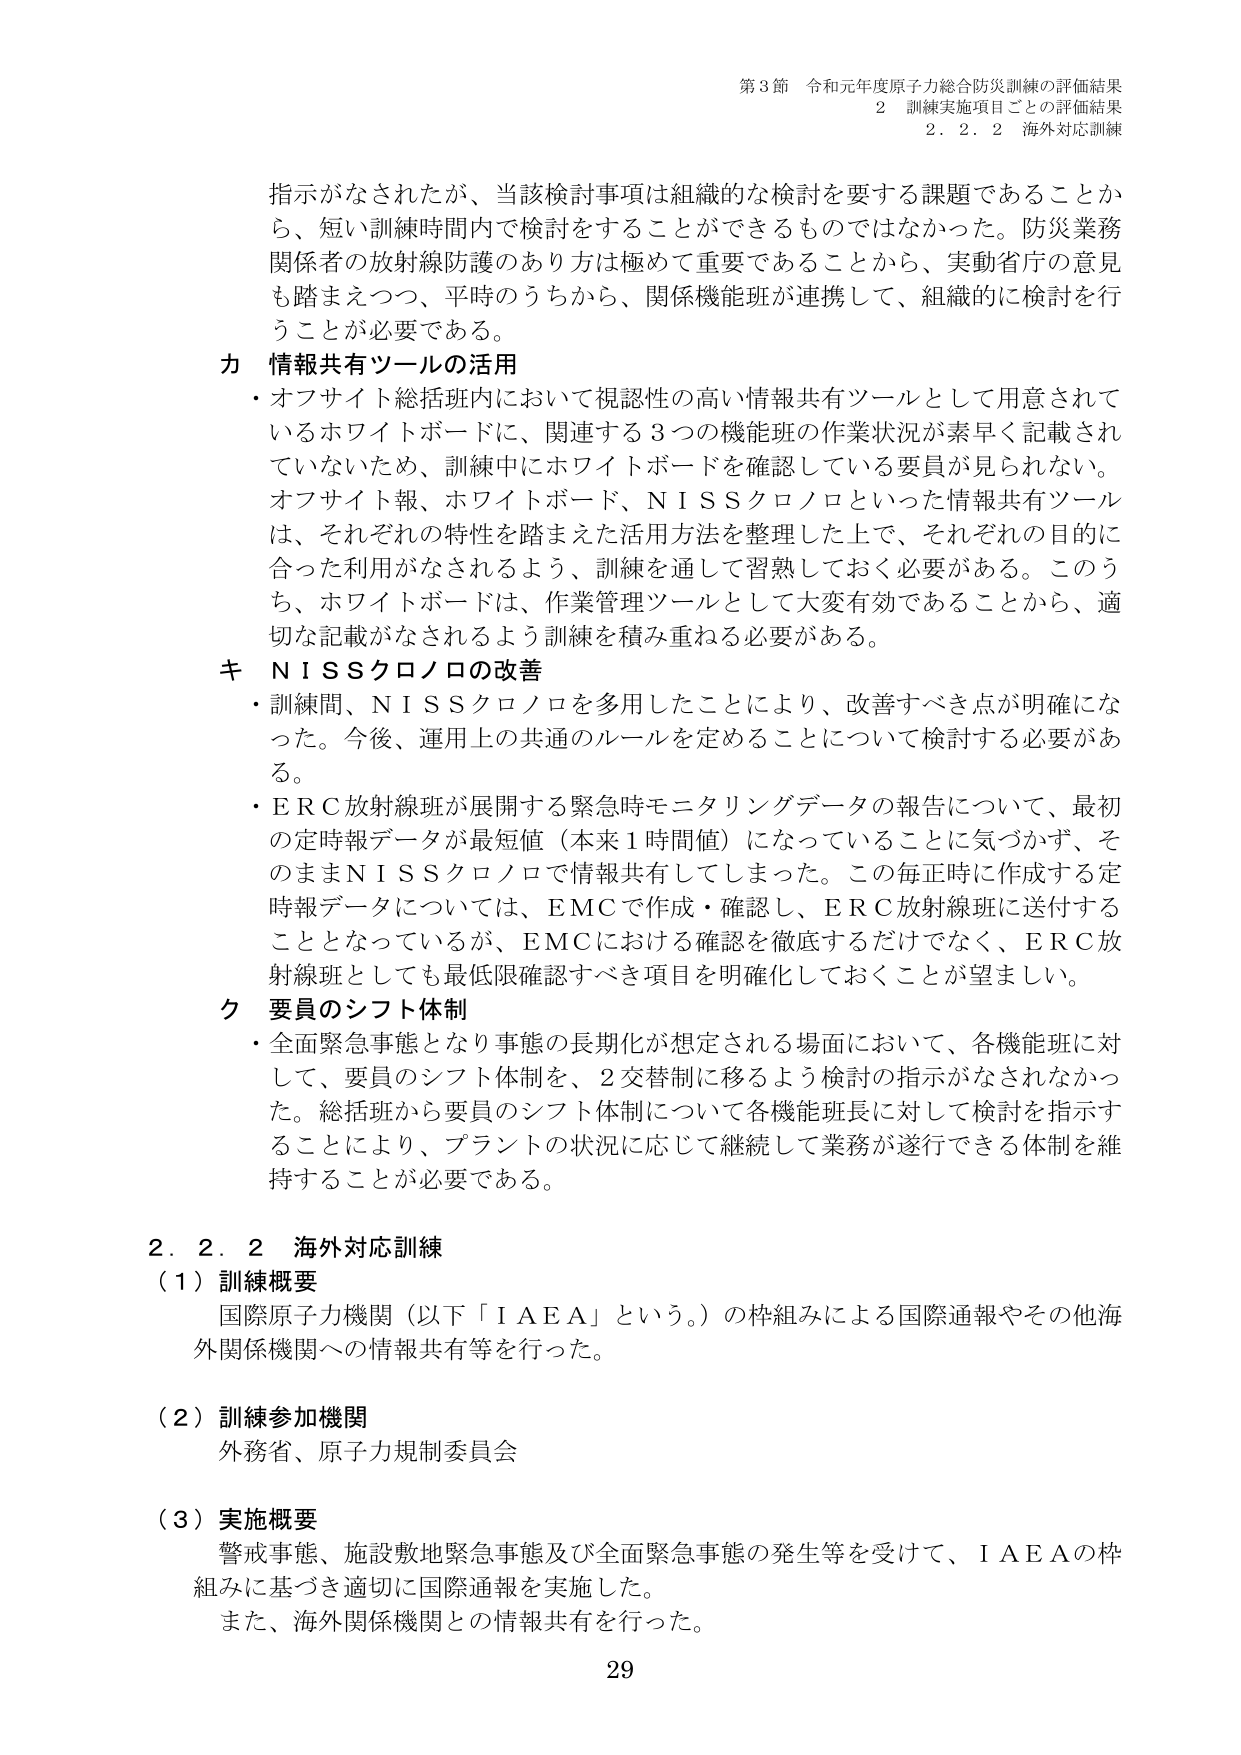
第3節 令和元年度原子力総合防災訓練の評価結果
2 訓練実施項目ごとの評価結果
2.2.2 海外対応訓練

指示がなされたが、当該検討事項は組織的な検討を要する課題であることから、短い訓練時間内で検討をすることができるものではなかった。防災業務関係者の放射線防護のあり方は極めて重要であることから、実動省庁の意見も踏まえつつ、平時のうちから、関係機能班が連携して、組織的に検討を行うことが必要である。

力 情報共有ツールの活用
・オフサイト総括班内において視認性の高い情報共有ツールとして用意されているホワイトボードに、関連する3つの機能班の作業状況が素早く記載されていないため、訓練中にホワイトボードを確認している要員が見られない。オフサイト報、ホワイトボード、NISSクロノロといった情報共有ツールは、それぞれの特性を踏まえた活用方法を整理した上で、それぞれの目的に合った利用がなされるよう、訓練を通して習熟しておく必要がある。このうち、ホワイトボードは、作業管理ツールとして大変有効であることから、適切な記載がなされるよう訓練を積み重ねる必要がある。

キ NISSクロノロの改善
・訓練間、NISSクロノロを多用したことにより、改善すべき点が明確になった。今後、運用上の共通のルールを定めることについて検討する必要がある。
・ERC放射線班が展開する緊急時モニタリングデータの報告について、最初の定時報データが最短値（本来1時間値）になっていることに気づかず、そのままNISSクロノロで情報共有してしまった。この毎正時に作成する定時報データについては、EMCで作成・確認し、ERC放射線班に送付することとなっているが、EMCにおける確認を徹底するだけでなく、ERC放射線班としても最低限確認すべき項目を明確化しておくことが望ましい。

ク 要員のシフト体制
・全面緊急事態となり事態の長期化が想定される場面において、各機能班に対して、要員のシフト体制を、2交替制に移るよう検討の指示がなされなかった。総括班から要員のシフト体制について各機能班長に対して検討を指示することにより、プラントの状況に応じて継続して業務が遂行できる体制を維持することが必要である。

2.2.2 海外対応訓練
（1）訓練概要
国際原子力機関（以下「IAEA」という。）の枠組みによる国際通報やその他海外関係機関への情報共有等を行った。

（2）訓練参加機関
外務省、原子力規制委員会

（3）実施概要
警戒事態、施設敷地緊急事態及び全面緊急事態の発生等を受けて、IAEAの枠組みに基づき適切に国際通報を実施した。
また、海外関係機関との情報共有を行った。

29